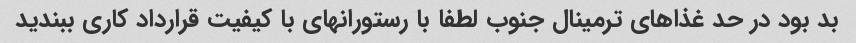
بد بود در حد غذاهای ترمینال جنوب لطفا با رستورانهای با کیفیت قرارداد کاری ببندید